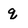
Character: q